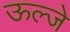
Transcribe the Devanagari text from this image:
ऊल्जे